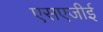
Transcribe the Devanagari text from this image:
एसएजीई